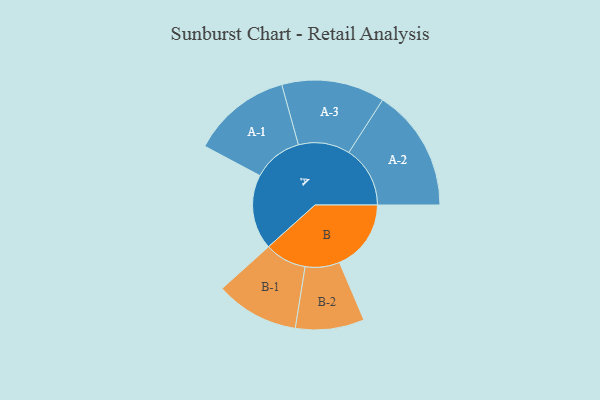
{"axis": {"x": "Segment", "y": "Value"}, "legend": ["", "A", "B"], "data": [{"x": "A", "y": 318, "type": ""}, {"x": "B", "y": 304, "type": ""}, {"x": "A-1", "y": 211, "type": "A"}, {"x": "A-2", "y": 260, "type": "A"}, {"x": "A-3", "y": 219, "type": "A"}, {"x": "B-1", "y": 177, "type": "B"}, {"x": "B-2", "y": 146, "type": "B"}]}